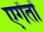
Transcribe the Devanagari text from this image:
एगेंतों